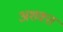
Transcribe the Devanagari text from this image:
अशक्‍त